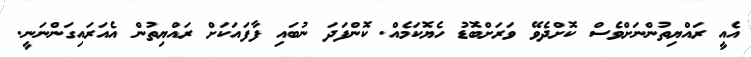
އެއީ ރައްޔިތުންނަށްވެސް ކޮށްދެވޭ ވަރަށްބޮޑު ހެޔޮކަމެއް. ކޮންފަދަ ނުބައި ފާފައަކަށް ރައްޔިތުން އެއަރައިގަންނަނީ.